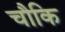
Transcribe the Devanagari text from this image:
चौकि